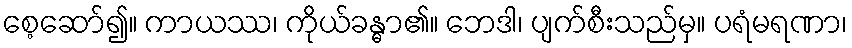
စေ့ဆော်၍။ ကာယဿ၊ ကိုယ်ခန္ဓာ၏။ ဘေဒါ၊ ပျက်စီးသည်မှ။ ပရံမရဏာ၊